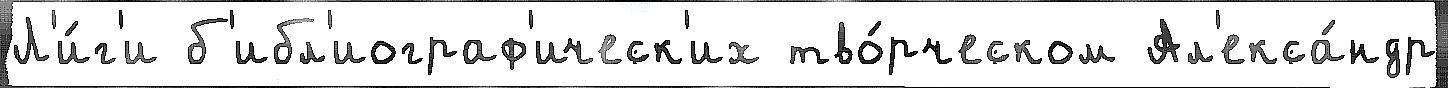
Л'и́г'и б'ибл'иограф'ическ'их тво́рческом Ал'екса́ндр